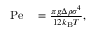
\begin{array} { r l } { \mathrm { P e } } & { { } = \frac { \pi g \Delta \rho \sigma ^ { 4 } } { 1 2 k _ { \mathrm { B } } T } , } \end{array}